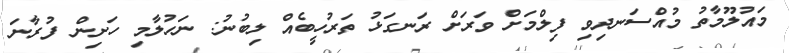
މައުލޫމާތު މުއްސަނދިވި ފިލްމަށް ވަރަށް ރަނގަޅު ތަރުހީބެއް ލިބުނު: ނަހުލާމި ހަށިން ފުރާނަ